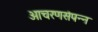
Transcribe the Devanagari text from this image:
आचरणसंपन्न